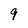
Character: 9